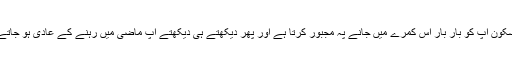
یہی سکون آپ کو بار بار اس کمرے میں جانے پہ مجبور کرتا ہے اور پھر دیکھتے ہی دیکھتے آپ ماضی میں رہنے کے عادی ہو جاتے ہیں۔